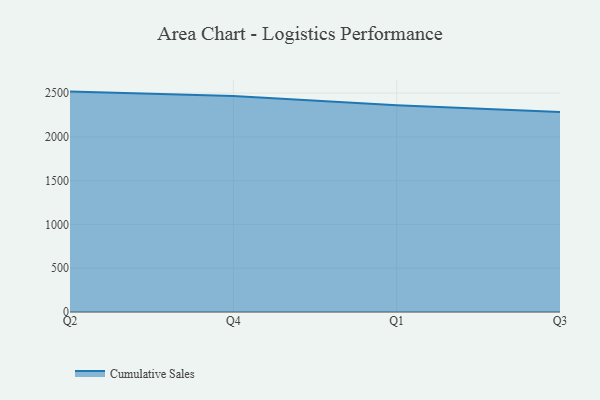
{"axis": {"x": "Quarter", "y": "Gross Profit (USD K)"}, "legend": ["Cumulative Sales"], "data": [{"x": "Q2", "y": 2516.6, "type": "Cumulative Sales"}, {"x": "Q4", "y": 2466.4, "type": "Cumulative Sales"}, {"x": "Q1", "y": 2360.7, "type": "Cumulative Sales"}, {"x": "Q3", "y": 2283.0, "type": "Cumulative Sales"}]}